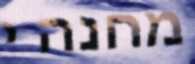
מחנה י